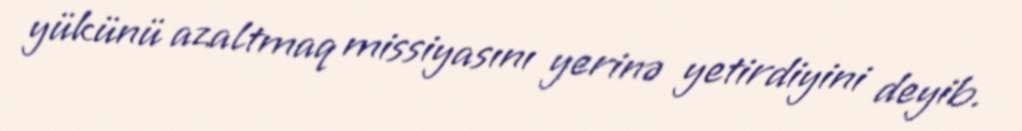
yükünü azaltmaq missiyasını yerinə yetirdiyini deyib.